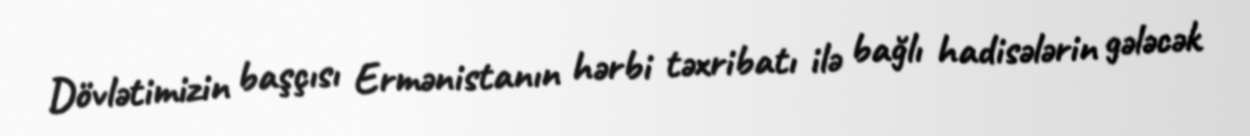
Dövlətimizin başçısı Ermənistanın hərbi təxribatı ilə bağlı hadisələrin gələcək